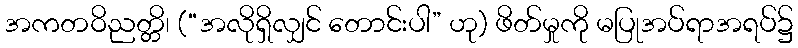
အကတဝိညတ္တိ၊ (“အလိုရှိလျှင် တောင်းပါ” ဟု) ဖိတ်မှုကို မပြုအပ်ရာအရပ်၌